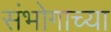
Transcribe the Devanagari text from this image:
संभोगाच्या